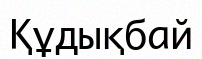
Құдықбай